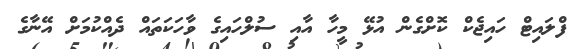
ފްލައިޓް ހައިޖެކް ކޮށްގެން އުޅޭ މީހާ އާއި ސުލްހައިގެ ވާހަކަތައް ދެއްކުމަށް އޭނާގެ